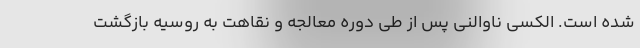
شده است. الکسی ناوالنی پس از طی دوره معالجه و نقاهت به روسیه بازگشت